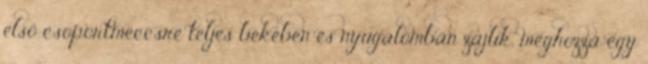
első csoportmeccsre teljes békében és nyugalomban zajlik, méghozzá egy